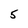
Character: 5